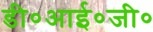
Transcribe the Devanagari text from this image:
डी०आई०जी०